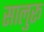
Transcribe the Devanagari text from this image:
सालुरू